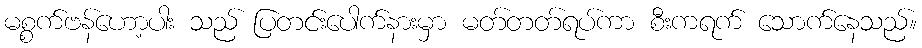
မစ္စက်ဗန်ဟော့ပါး သည် ပြတင်းပေါက်နားမှာ မတ်တတ်ရပ်ကာ စီးကရက် သောက်နေသည်။